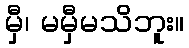
မှီ၊ မမှီမသိဘူး။